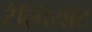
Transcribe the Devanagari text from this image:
टैल्पियोट